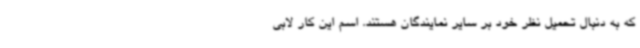
که به دنبال تحمیل نظر خود بر سایر نمایندگان هستند. اسم این کار لابی